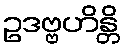
ဥဒဗ္ဗဟိန္တိ